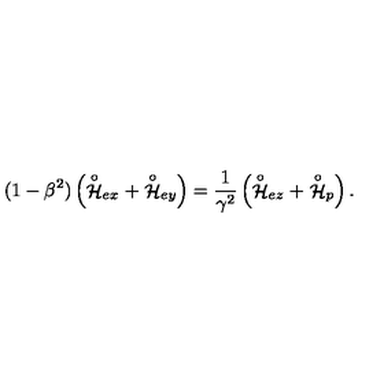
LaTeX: ( 1 - \beta ^ { 2 } ) \left( \stackrel { \circ } { \cal H } _ { e x } + \stackrel { \circ } { \cal H } _ { e y } \right) = \frac { 1 } { \gamma ^ { 2 } } \left( \stackrel { \circ } { \cal H } _ { e z } + \stackrel { \circ } { \cal H } _ { p } \right) .